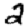
Digit: 2